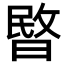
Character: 暋